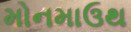
મોનમાઉથ